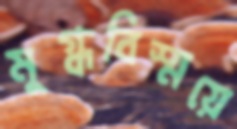
মুগ্ধবিস্ময়ে